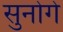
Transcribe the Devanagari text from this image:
सुनोगे